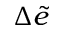
\Delta \widetilde { e }